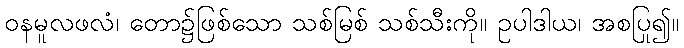
ဝနမူလဖလံ၊ တော၌ဖြစ်သော သစ်မြစ် သစ်သီးကို။ ဥပါဒါယ၊ အစပြု၍။